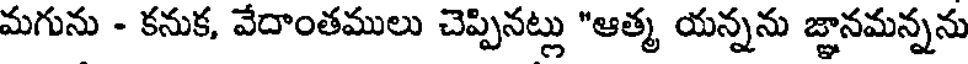
మగును - కనుక, వేదాంతములు చెప్పినట్లు "ఆత్మ యన్నను జ్ఞానమన్నను